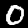
Label: 0